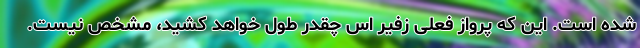
شده است. این که پرواز فعلی زفیر اس چقدر طول خواهد کشید، مشخص نیست.